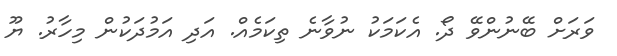
ވަރަށް ބޭނުންވޭ ދޯ. އެކަމަކު ނުވާނެ ތިކަމެއް. އަދި އަމުދަކުން މިހާރު. ޔޫ